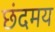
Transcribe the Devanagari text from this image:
छंदमय